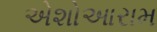
એશોઆરામ